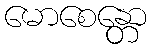
မောစေန္တော